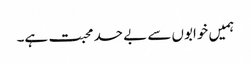
ہمیں خوابوں سے بے حد محبت ہے۔